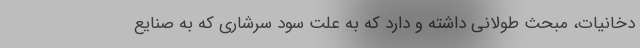
دخانیات، مبحث طولانی داشته و دارد که به علت سود سرشاری که به صنایع